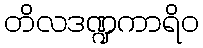
တိလဒဏ္ဍကာရိဝ